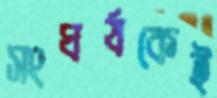
সংঘর্ষকেই